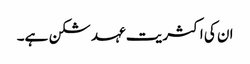
ان کی اکثریت عہد شکن ہے۔